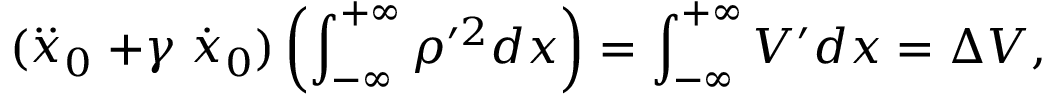
( \stackrel { . . } { x } _ { 0 } + \gamma \stackrel { . } { x } _ { 0 } ) \left( \int _ { - \infty } ^ { + \infty } \rho ^ { \prime 2 } d x \right) = \int _ { - \infty } ^ { + \infty } V ^ { \prime } d x = \Delta V ,